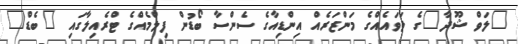
"ލަވް ޝޫދާ"ގެ ލަވައެއްގެ މަންޒަރެއް އިންޑިއާގެ ސެންސާ ބޯޑުން ފިލްމެއްގެ ޓްރެއިލާގައި "ބެޑް"